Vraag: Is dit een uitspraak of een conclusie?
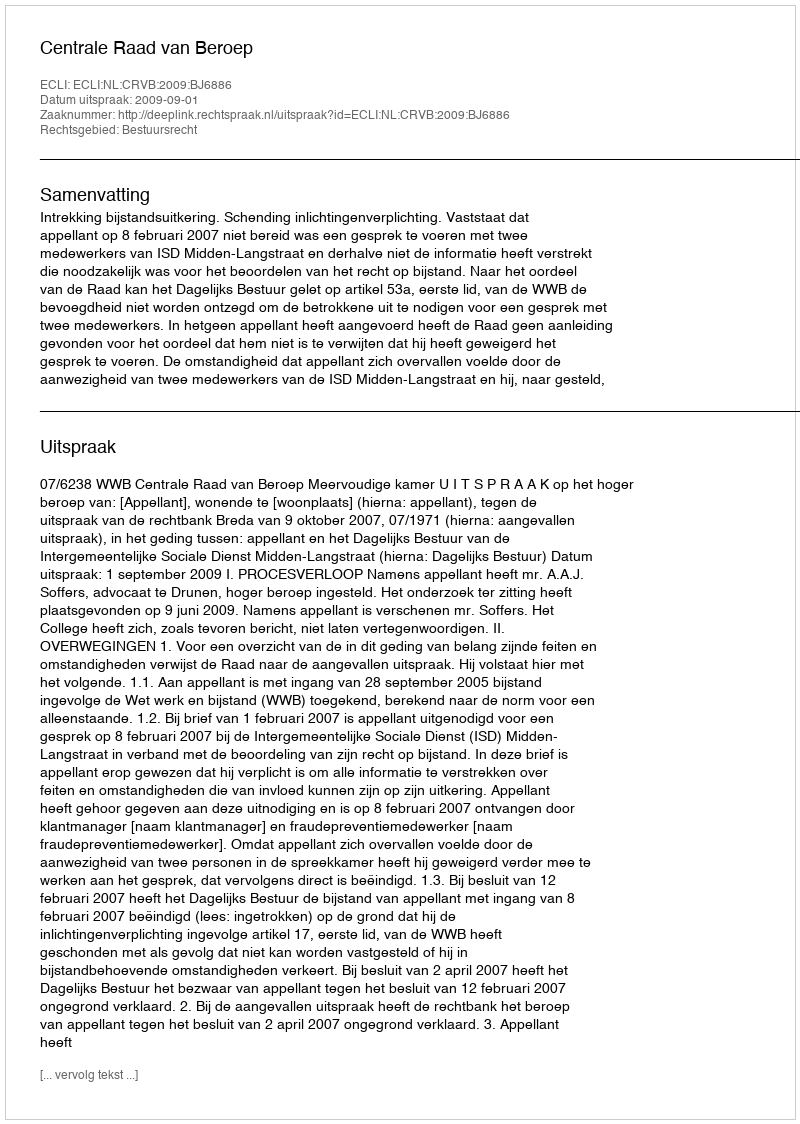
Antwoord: Uitspraak